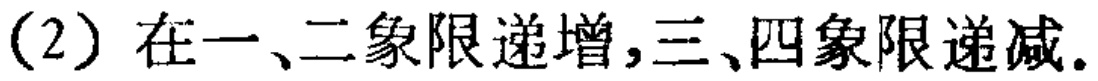
(2) 在一、二象限递增,三、四象限递减.